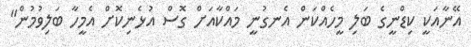
އޭނާއަކީ ކިޑްނީގެ ބަލި މީހެއްކަން އެނގުނީ މައްކާއަށް ގޮސް އުޅެނިކޮށް އެމީހާ ބަލިވުމުން"